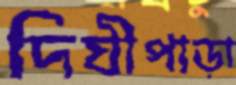
দিঘীপাড়া